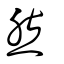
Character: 然